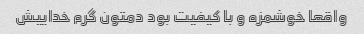
واقعا خوشمزه و با کیفیت بود دمتون گرم خداییش